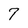
Character: 7